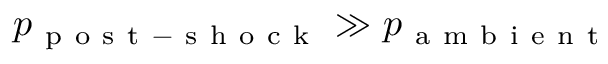
p _ { \mathrm { ~ p ~ o ~ s ~ t ~ - ~ s ~ h ~ o ~ c ~ k ~ } } \gg p _ { \mathrm { ~ a ~ m ~ b ~ i ~ e ~ n ~ t ~ } }